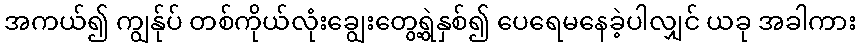
အကယ်၍ ကျွန်ုပ် တစ်ကိုယ်လုံးချွေးတွေ့ရွဲနှစ်၍ ပေရေမနေခဲ့ပါလျှင် ယခု အခါကား